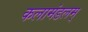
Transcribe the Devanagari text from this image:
कलामंडलम्‌